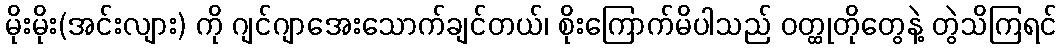
မိုးမိုး(အင်းလျား) ကို ဂျင်ဂျာအေးသောက်ချင်တယ်၊ စိုးကြောက်မိပါသည် ဝတ္ထုတိုတွေနဲ့ တွဲသိကြရင်